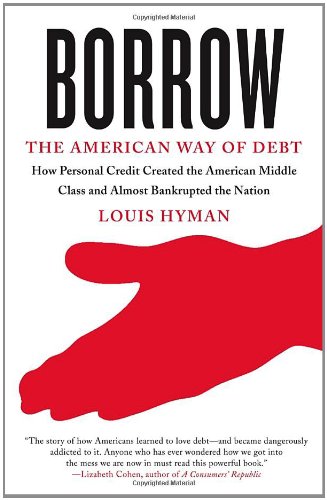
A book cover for Borrow: The American Way of Debt; Louis Hyman; Business & Money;